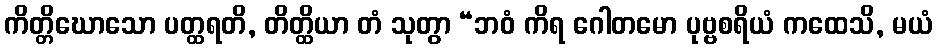
ကိတ္တိဃောသော ပတ္ထရတိ, တိတ္ထိယာ တံ သုတွာ “ဘဝံ ကိရ ဂေါတမော ပုဗ္ဗစရိယံ ကထေသိ, မယံ